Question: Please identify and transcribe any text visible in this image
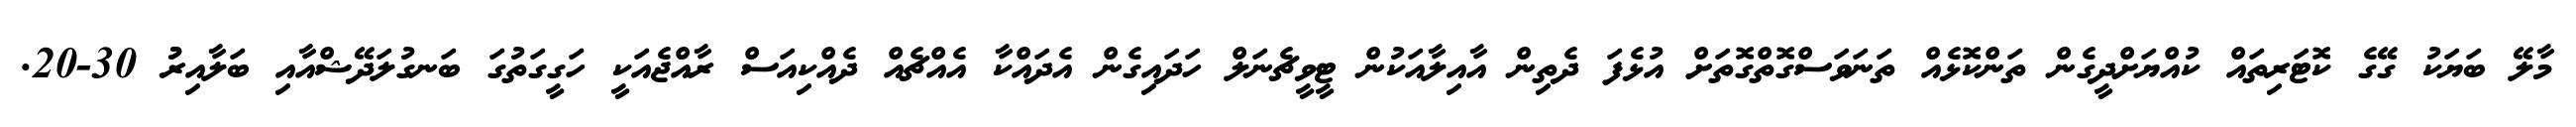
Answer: މާލޭ ބަޔަކު ގޭގެ ކޮޓަރިތައް ކުއްޔަށްދީގެން ތަންކޮޅެއް ތަނަވަސްގޮތްގޮތަށް އުޅެފަ ދެތިން އާއިލާއަކުން ޓީވީޗެނަލް ހަދައިގެން އެދައްކާ އެއްޗެއް ދެއްކިއަސް ރާއްޖެއަކީ ހަގީގަތުގަ ބަނގުލަދޭޝްއާއި ބަލާއިރުު 30-20.